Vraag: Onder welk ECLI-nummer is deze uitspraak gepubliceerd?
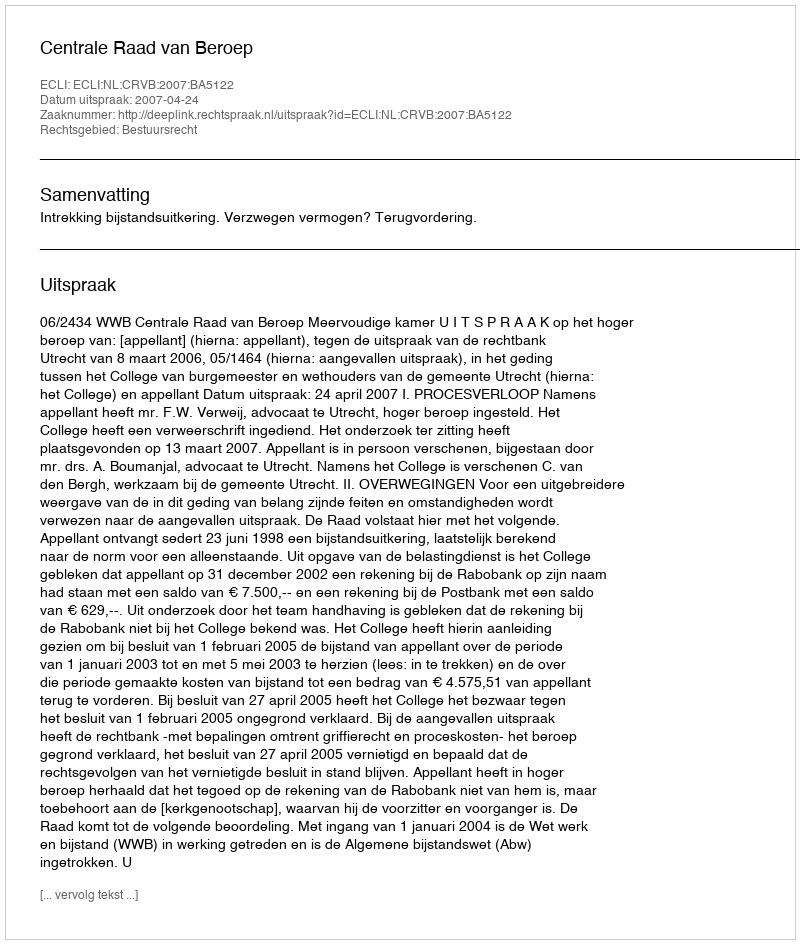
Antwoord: ECLI:NL:CRVB:2007:BA5122